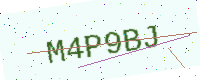
Text: M4P9BJ